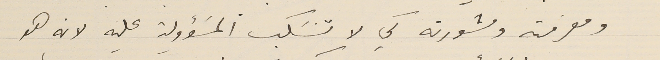
ومعرفته ومشورته كي لا تنسَكب المسَؤولية عليه لانه هو